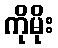
ကိုမိုး